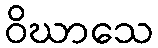
ဝိဃာသေ